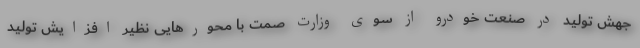
جهش تولید در صنعت خودرو از سوی وزارت صمت با محورهایی نظیر افزایش تولید